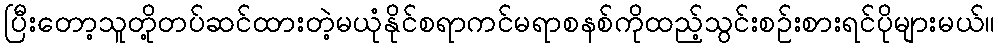
ပြီးတော့သူတို့တပ်ဆင်ထားတဲ့မယုံနိုင်စရာကင်မရာစနစ်ကိုထည့်သွင်းစဉ်းစားရင်ပိုများမယ်။